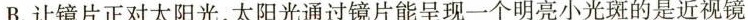
B.让镜片正对太阳光，太阳光通过镜片能呈现一个明亮小光斑的是近视镜